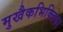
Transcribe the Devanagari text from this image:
मुखैकभिक्तिका